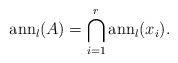
LaTeX: \begin{align*}\mathrm{ann}_{l}(A)=\bigcap\limits_{i=1}^{r}\mathrm{ann}_{l}(x_{i}).\end{align*}